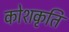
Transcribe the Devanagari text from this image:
कोशकृति